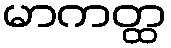
မာကတ္ထ